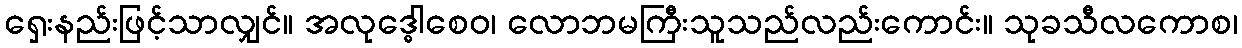
ရှေးနည်းဖြင့်သာလျှင်။ အလုဒ္ဓေါစေဝ၊ လောဘမကြီးသူသည်လည်းကောင်း။ သုခသီလကောစ၊